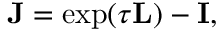
\mathbf { J } = \exp ( \tau \mathbf { L } ) - \mathbf { I } ,